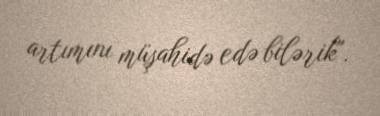
artımını müşahidə edə bilərik".